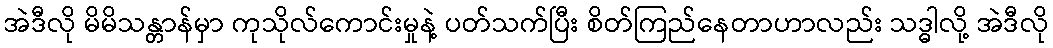
အဲဒီလို မိမိသန္တာန်မှာ ကုသိုလ်ကောင်းမှုနဲ့ ပတ်သက်ပြီး စိတ်ကြည်နေတာဟာလည်း သဒ္ဓါလို့ အဲဒီလို